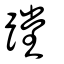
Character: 蹚